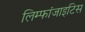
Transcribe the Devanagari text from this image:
लिम्फांजाइटिस